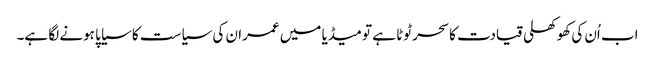
اب اُن کی کھوکھلی قیادت کا سحر ٹوٹا ہے تو میڈیا میں عمران کی سیاست کا سیاپا ہونے لگا ہے۔